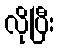
လိုပြီး